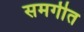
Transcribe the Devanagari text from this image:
समगीत